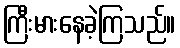
ကြီးမားနေခဲ့ကြသည်။